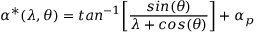
\alpha ^ { * } ( \lambda , \theta ) = t a n ^ { - 1 } \bigg [ \frac { s i n ( \theta ) } { \lambda + c o s ( \theta ) } \bigg ] + \alpha _ { p }